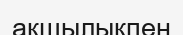
ақшылықпен